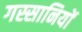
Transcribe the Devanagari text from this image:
गस्सानियों